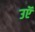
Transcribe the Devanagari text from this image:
उऍ